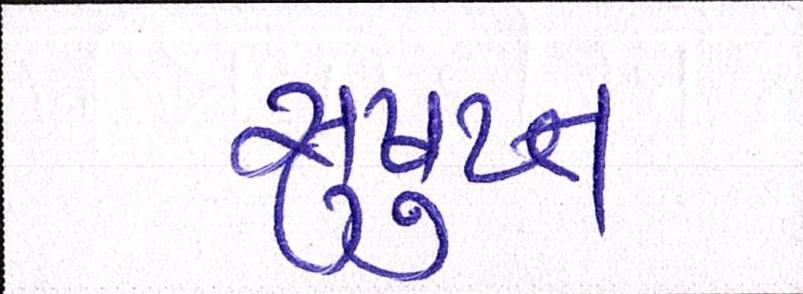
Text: સુષુપ્ત